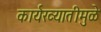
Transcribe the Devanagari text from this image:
कार्यख्यातीमुळे